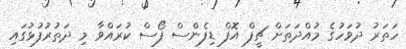
ހަތަރު ދުވަހުގެ މުއްދަތަށް ޗީފް އޮފް ޑިފެންސް ފޯސް ކުރައްވާ މި ދަތުރުފުޅުގައި